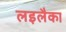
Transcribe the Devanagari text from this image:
लइलैका